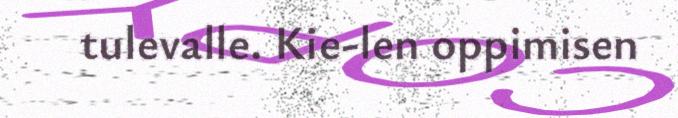
tulevalle. Kie-len oppimisen